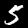
Label: 5